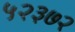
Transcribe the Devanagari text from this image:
५२३७२